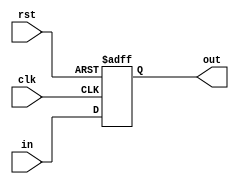
module Register64bit (
    input wire clk,
    input wire rst,
    input wire [63:0] in,
    output reg [63:0] out
);

  always @(posedge clk or posedge rst) begin
    if (rst) begin
      out <= 64'b0;
    end else begin
      out <= in;
    end
  end

endmodule